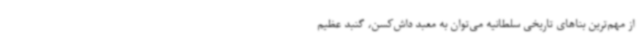
از مهم‌ترین بناهای تاریخی سلطانیه می‌توان به معبد داش‌کسن، گنبد عظیم